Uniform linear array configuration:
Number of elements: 24
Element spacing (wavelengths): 0.5
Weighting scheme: exponential
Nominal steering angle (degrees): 30
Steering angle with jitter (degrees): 30.938
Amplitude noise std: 0.05
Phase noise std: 0.05

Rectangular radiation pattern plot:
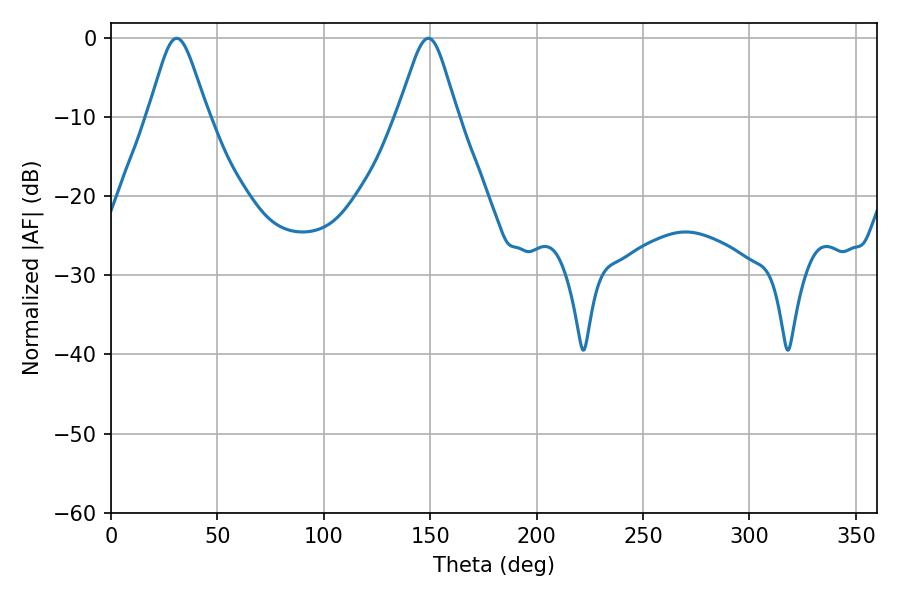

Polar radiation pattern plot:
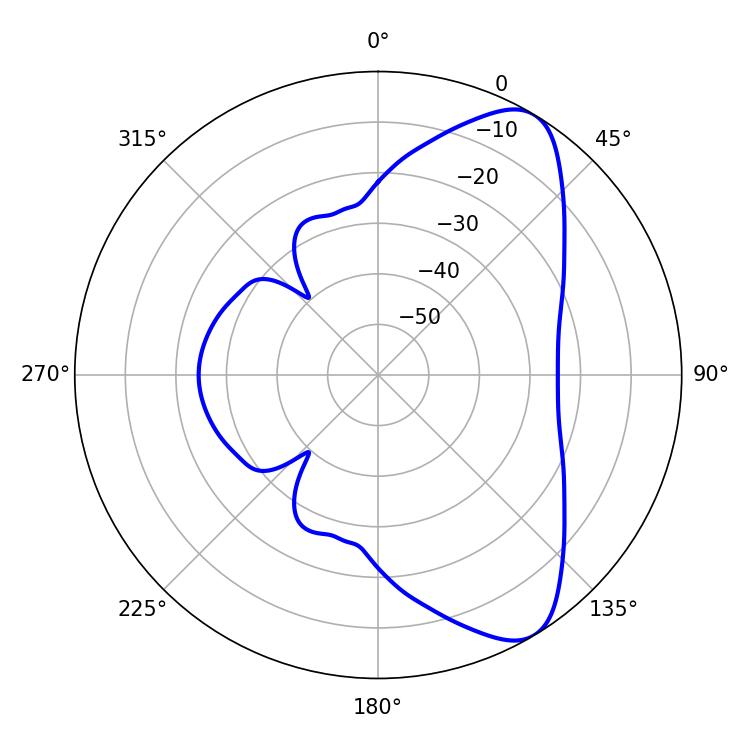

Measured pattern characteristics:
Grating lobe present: FALSE
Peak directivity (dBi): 8.277
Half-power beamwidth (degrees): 13.5
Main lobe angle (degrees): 30.78